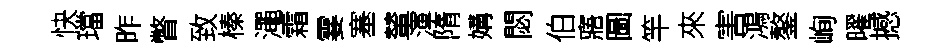
快璫昨瞥致榛澠霜霎塞輦渾隋媾閟伯寤圖竿來害鴻鏊峋曜撼